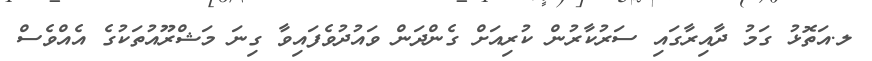
ލ.އަތޮޅު ގަމު ދާއިރާގައި ސަރުކާރުން ކުރިއަށް ގެންދަން ވައުދުވެފައިވާ ގިނަ މަޝްރޫއުތަކުގެ އެއްވެސް